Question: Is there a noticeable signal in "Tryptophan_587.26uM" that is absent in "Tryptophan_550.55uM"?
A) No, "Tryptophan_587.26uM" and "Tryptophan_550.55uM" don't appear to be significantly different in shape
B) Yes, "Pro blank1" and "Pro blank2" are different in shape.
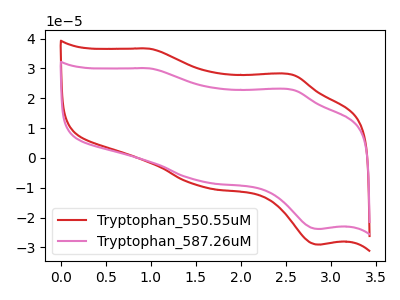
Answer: <think>The red curve "Tryptophan_550.55uM" has anodic peaks at (1.00V, 36.60uA) (2.55V, 27.85uA) and cathodic peaks at (1.55V, -9.60uA) (2.85V, -29.05uA). The pink curve "Tryptophan_587.26uM" has anodic peaks at (1.00V, 30.00uA) (2.55V, 22.85uA) and cathodic peaks at (1.55V, -7.85uA) (2.85V, -23.80uA).
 All the peaks in "Tryptophan_587.26uM" have a peak in "Tryptophan_550.55uM" at the same potential. Every peak in "Tryptophan_587.26uM" is lower than every peak in "Tryptophan_550.55uM".</think>
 <answer>A) No, "Tryptophan_587.26uM" and "Tryptophan_550.55uM" don't appear to be significantly different in shape</answer>
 <eval>A</eval>